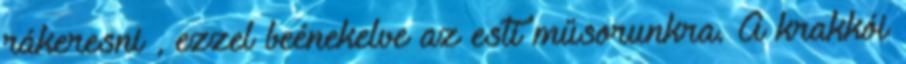
rákeresni , ezzel beénekelve az esti műsorunkra. A krakkói